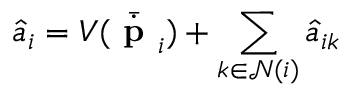
\hat { a } _ { i } = V ( \bar { \dot { \textbf { p } } } _ { i } ) + \sum _ { k \in \mathcal { N } ( i ) } \hat { a } _ { i k }